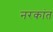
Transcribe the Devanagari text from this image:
नरकांत